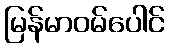
မြန်မာဝမ်ပေါင်